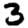
Digit: 3